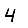
Digit: 4